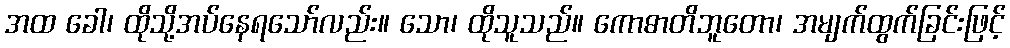
အထ ခေါ၊ ထိုသို့အပ်နေရသော်လည်း။ သော၊ ထိုသူသည်။ ကောဓာတိဘူတော၊ အမျက်ထွက်ခြင်းဖြင့်